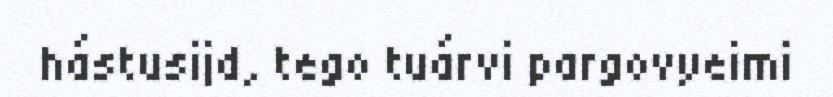
hástusijd, tego tuárvi pargovyeimi